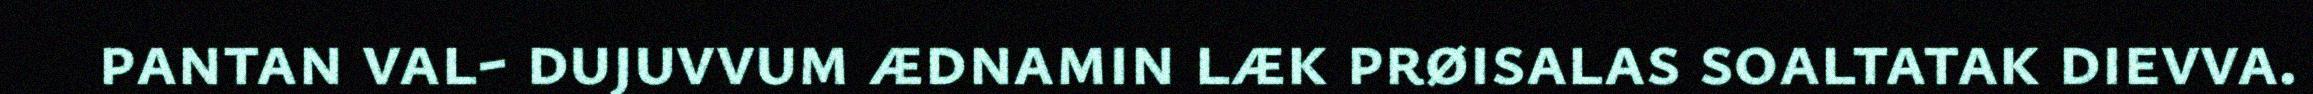
pantan val- dujuvvum ædnamin læk prøisalas soaltatak dievva.